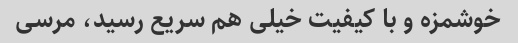
خوشمزه و با کیفیت خیلی هم سریع رسید، مرسی